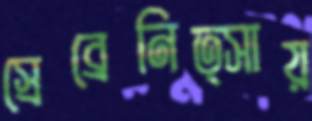
স্রেব্রেনিত্সায়